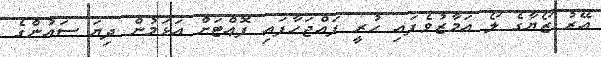
އޭރު ޒޯޔާގެ ލޯ އަމާޒުވެފައި ހުރީ ފައްޖަހާފައި ފޮޢްޓަށް އަޅަމުން ދިޔަ ސައުންގެ